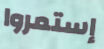
إستمروا